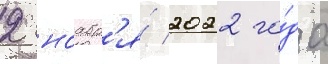
2 ноабр'я́ 2022 го́да